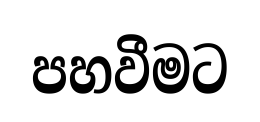
පහවීමට